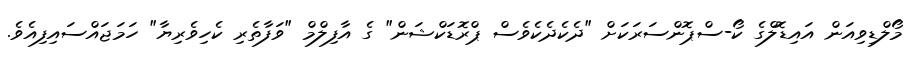
މޯލްޑިވިއަން އައިޑޮލްގެ ކޯ-ސްޕޮންސަރަކަށް "ދެކެދެކެވެސް ޕްރޮޑަކްޝަން" ގެ އާފިލްމް "ވަފާތެރި ކެހިވެރިޔާ" ހަމަޖައްސައިފިއެވެ.